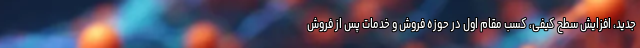
جدید، افزایش سطح کیفی، کسب مقام اول در حوزه فروش و خدمات پس از فروش